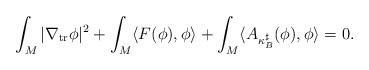
LaTeX: \begin{align*}\int_M |\nabla_{\rm tr}\phi|^2 + \int_M \langle F(\phi),\phi\rangle +\int_M \langle A_{\kappa_B^\sharp}(\phi),\phi\rangle =0.\end{align*}